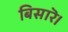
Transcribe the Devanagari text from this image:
बिसारॆ।